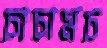
চাচামচ